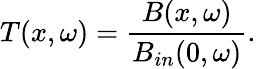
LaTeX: T(x,\omega)=\frac{B(x,\omega)}{B_{in}(0,\omega)}.